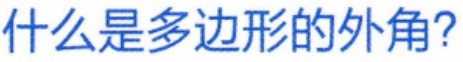
什么是多边形的外角?